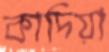
কাদিয়া